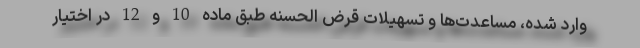
وارد شده، مساعدت‌ها و تسهیلات قرض الحسنه طبق ماده 10 و 12 در اختیار